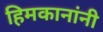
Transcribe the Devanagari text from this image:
हिमकानांनी